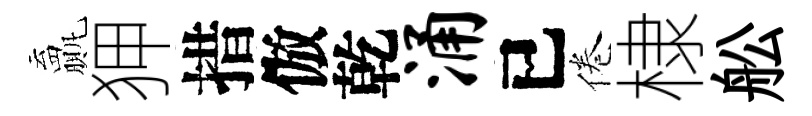
贏狎措倣乾涌已倦棣舩